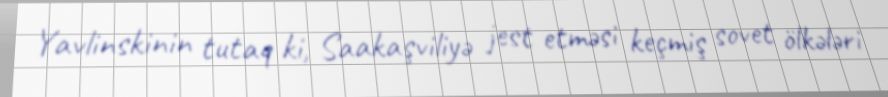
Yavlinskinin tutaq ki, Saakaşviliyə jest etməsi keçmiş sovet ölkələri